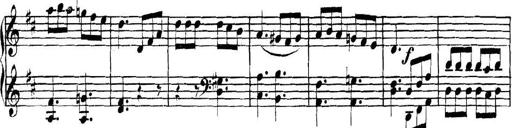
Title: Collected Piano Sonatas
Composer: Muzio Clementi